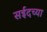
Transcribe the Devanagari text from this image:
सईदच्या